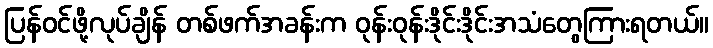
ပြန်ဝင်ဖို့လုပ်ချိန် တစ်ဖက်အခန်းက ဝုန်းဝုန်းဒိုင်းဒိုင်းအသံတွေကြားရတယ်။